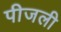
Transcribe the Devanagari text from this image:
पीजली